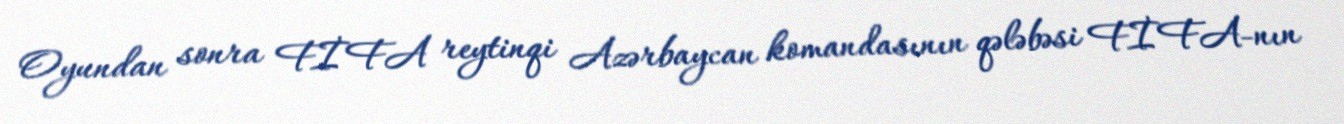
Oyundan sonra FİFA reytinqi Azərbaycan komandasının qələbəsi FİFA-nın